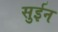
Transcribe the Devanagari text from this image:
सुईन